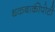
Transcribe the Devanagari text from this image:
थकबाकीपोटी